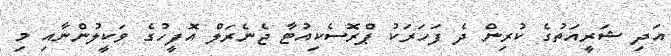
އަދި ޝަރީއަތުގެ ކުރިން ދެ ފަހަރަކު ޕްރޮސެކިއުޓާ ޖެނެރަލް އޮފީހުގެ ވަކީލުންނާއި މި